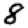
Digit: 8